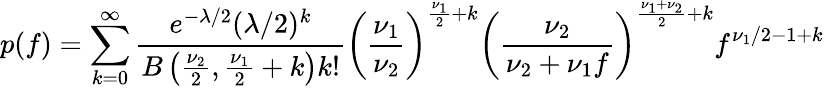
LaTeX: p(f)=\sum_{k=0}^{\infty}{\frac{e^{-\lambda/2}(\lambda/2)^{k}}{B\left({\frac{\nu_{2}}{2}},{\frac{\nu_{1}}{2}}+k\right)k!}}\left({\frac{\nu_{1}}{\nu_{2}}}\right)^{{\frac{\nu_{1}}{2}}+k}\left({\frac{\nu_{2}}{\nu_{2}+\nu_{1}f}}\right)^{{\frac{\nu_{1}+\nu_{2}}{2}}+k}f^{\nu_{1}/2-1+k}